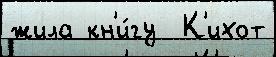
жила кн'и́гу  К'ихот